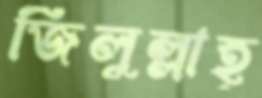
জিলুল্লাহ্